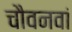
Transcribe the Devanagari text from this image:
चौवनवां